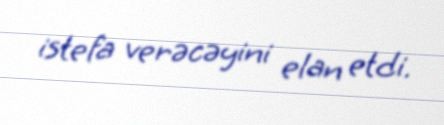
istefa verəcəyini elan etdi.